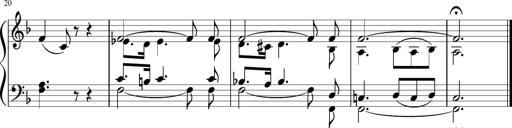
Title: 3 Sonatinen
Composer: Heinrich Lichner